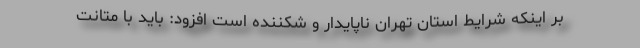
بر اینکه شرایط استان تهران ناپایدار و شکننده است افزود: باید با متانت